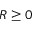
R \geq 0